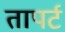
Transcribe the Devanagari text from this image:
तापर्ट